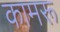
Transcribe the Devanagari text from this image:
कामरू